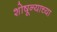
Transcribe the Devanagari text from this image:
शोषून्याच्या